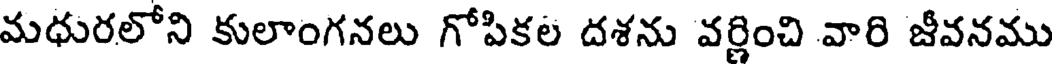
మధురలోని కులాంగనలు గోపికల దశను వర్ణించి వారి జీవనము